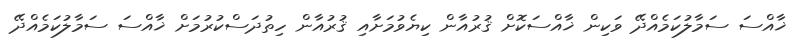
ޚާއްސަ ސަމާލުކަމެއްދޭ ވަކިން ޚާއްސަކޮށް ޤުރުއާން ކިޔެވުމަށާއި ޤުރުއާން ހިތުދަސްކުރުމަށް ޚާއްސަ ސަމާލުކަމެއްދޭ